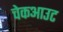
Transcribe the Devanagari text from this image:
चेकआउट